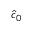
\hat { c } _ { 0 }